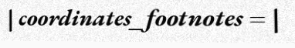
| coordinates_footnotes = |